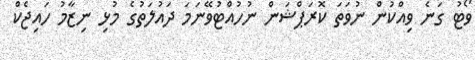
ވޯޓު ގަނެ ވިއްކުން ނުވަތަ ކޮރަޕްޝަން ނުހުއްޓުވޭނަމަ ދައުލަތުގެ މުޅި ނިޒާމު ހައިޖެކް